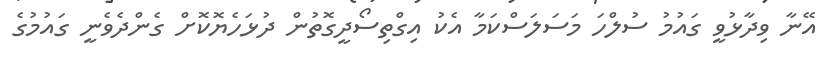
އޭނާ ވިދާޅުވީ ގައުމު ސުލްހަ މަސަލަސްކަމާ އެކު އިގްތިސޯދީގޮތުން ދުޅަހެޔޮކޮށް ގެންދެވެނީ ގައުމުގެ